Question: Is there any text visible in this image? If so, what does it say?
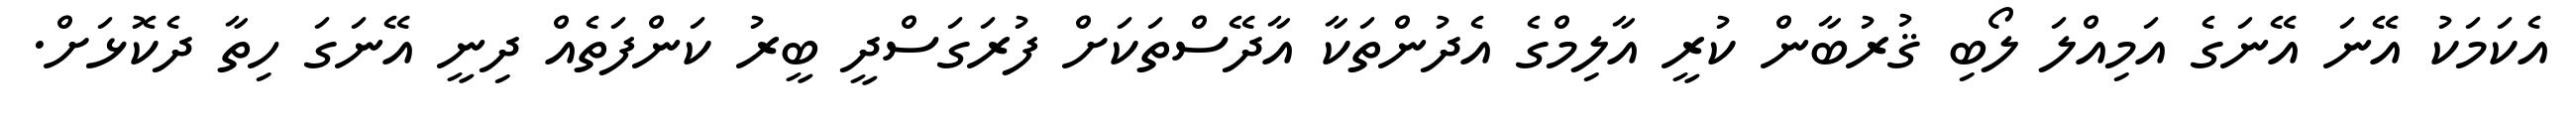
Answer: އެކަމަކު އޭނަ އޭނަގެ އަމިއްލަ ލޯބި ޤުރުބާން ކުރީ އާލިމްގެ އެދުންތަކާ އާދޭސްތަކަށް ފުރަގަސްދީ ބީރު ކަންފަތެއް ދިނީ އޭނަގަ ހިތާ ދެކޮޅަށް.